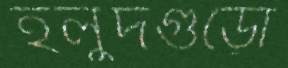
হলুদগুঁড়ো